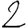
Digit: 2